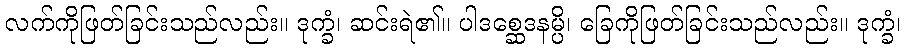
လက်ကိုဖြတ်ခြင်းသည်လည်း။ ဒုက္ခံ၊ ဆင်းရဲ၏။ ပါဒစ္ဆေဒနမ္ပိ၊ ခြေကိုဖြတ်ခြင်းသည်လည်း။ ဒုက္ခံ၊